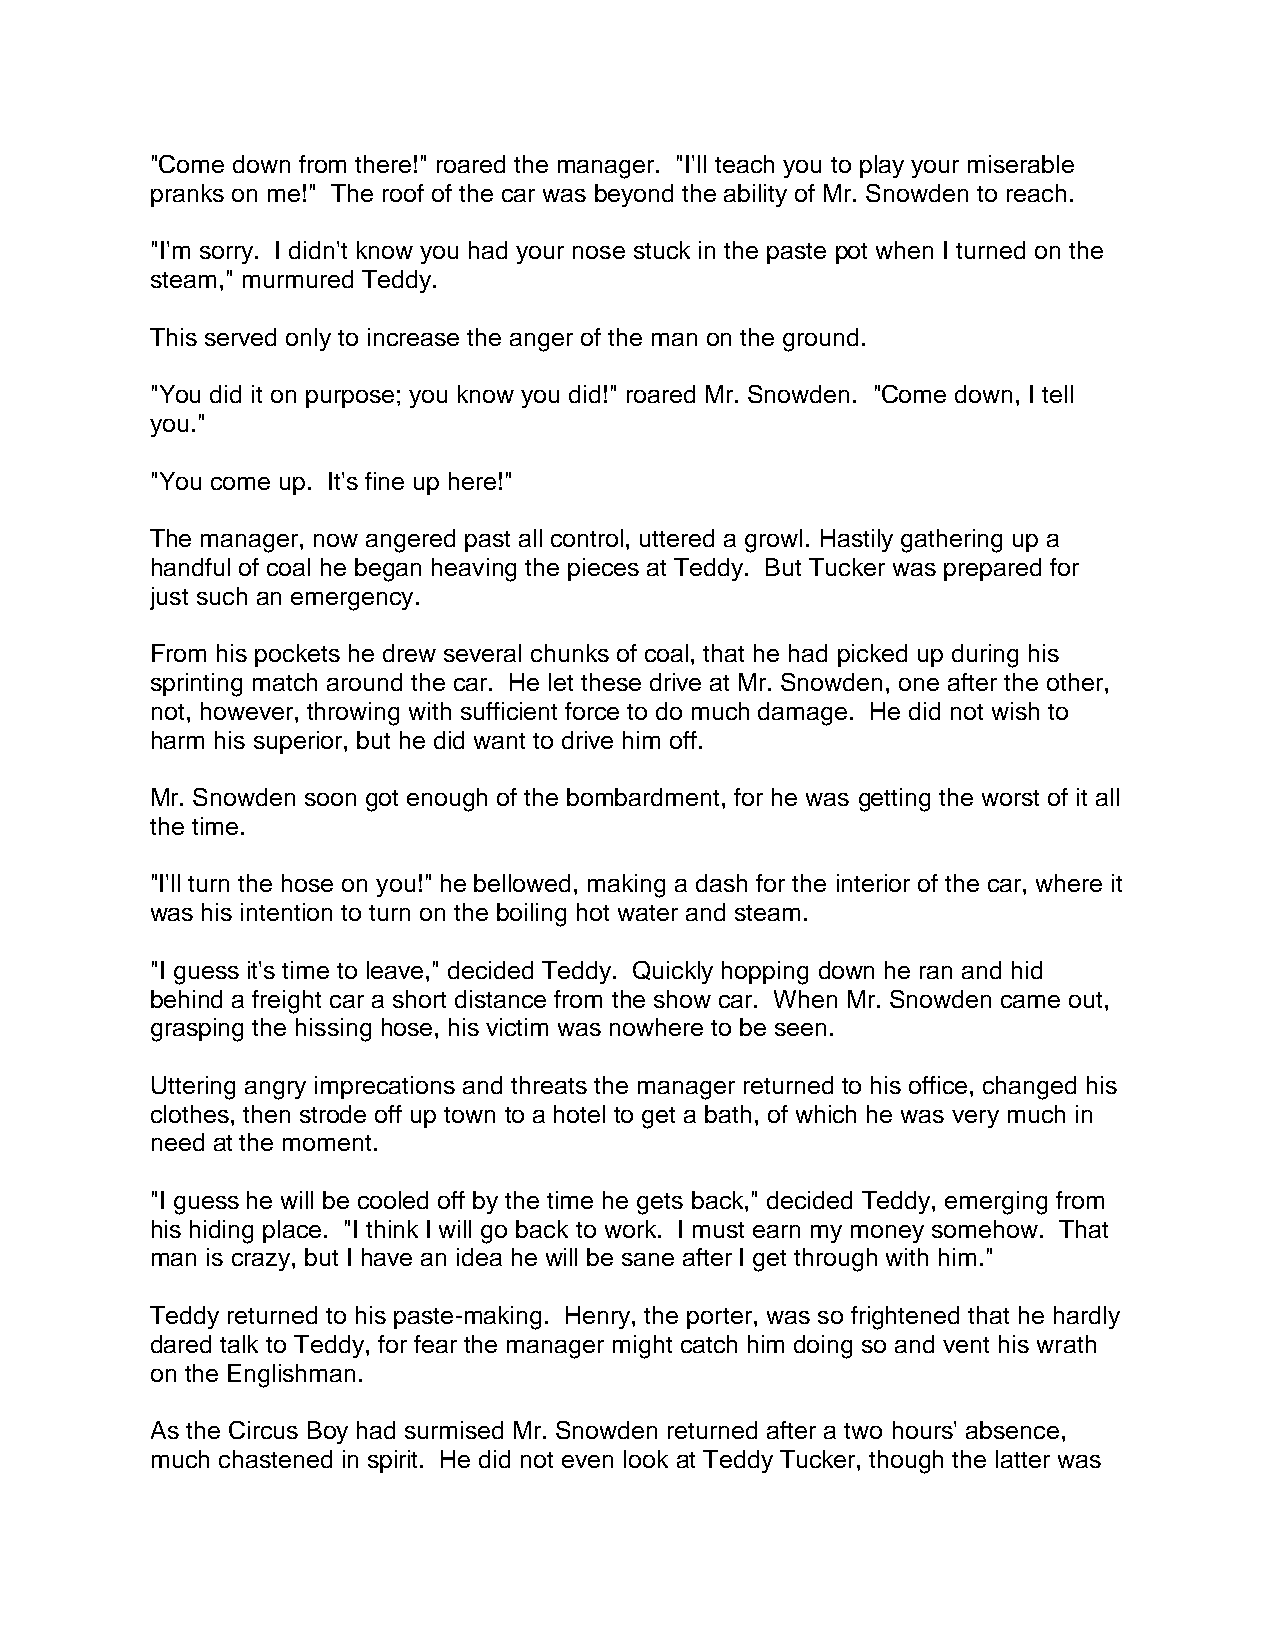
"Come down from there!" roared the manager. "I'll teach you to play your miserable
 pranks on me!" The roof of the car was beyond the ability of Mr. Snowden to reach.
 "I'm sorry. I didn't know you had your nose stuck in the paste pot when I turned on the
 steam," murmured Teddy.
 This served only to increase the anger of the man on the ground.
 "You did it on purpose; you know you did!" roared Mr. Snowden. "Come down, I tell
 you."
 "You come up. It's fine up here!"
 The manager, now angered past all control, uttered a growl. Hastily gathering up a
 handful of coal he began heaving the pieces at Teddy. But Tucker was prepared for
 just such an emergency.
 From his pockets he drew several chunks of coal, that he had picked up during his
 sprinting match around the car. He let these drive at Mr. Snowden, one after the other,
 not, however, throwing with sufficient force to do much damage. He did not wish to
 harm his superior, but he did want to drive him off.
 Mr. Snowden soon got enough of the bombardment, for he was getting the worst of it all
 the time.
 "I'll turn the hose on you!" he bellowed, making a dash for the interior of the car, where it
 was his intention to turn on the boiling hot water and steam.
 "I guess it's time to leave," decided Teddy. Quickly hopping down he ran and hid
 behind a freight car a short distance from the show car. When Mr. Snowden came out,
 grasping the hissing hose, his victim was nowhere to be seen.
 Uttering angry imprecations and threats the manager returned to his office, changed his
 clothes, then strode off up town to a hotel to get a bath, of which he was very much in
 need at the moment.
 "I guess he will be cooled off by the time he gets back," decided Teddy, emerging from
 his hiding place. "I think I will go back to work. I must earn my money somehow. That
 man is crazy, but I have an idea he will be sane after I get through with him."
 Teddy returned to his paste-making. Henry, the porter, was so frightened that he hardly
 dared talk to Teddy, for fear the manager might catch him doing so and vent his wrath
 on the Englishman.
 As the Circus Boy had surmised Mr. Snowden returned after a two hours' absence,
 much chastened in spirit. He did not even look at Teddy Tucker, though the latter was